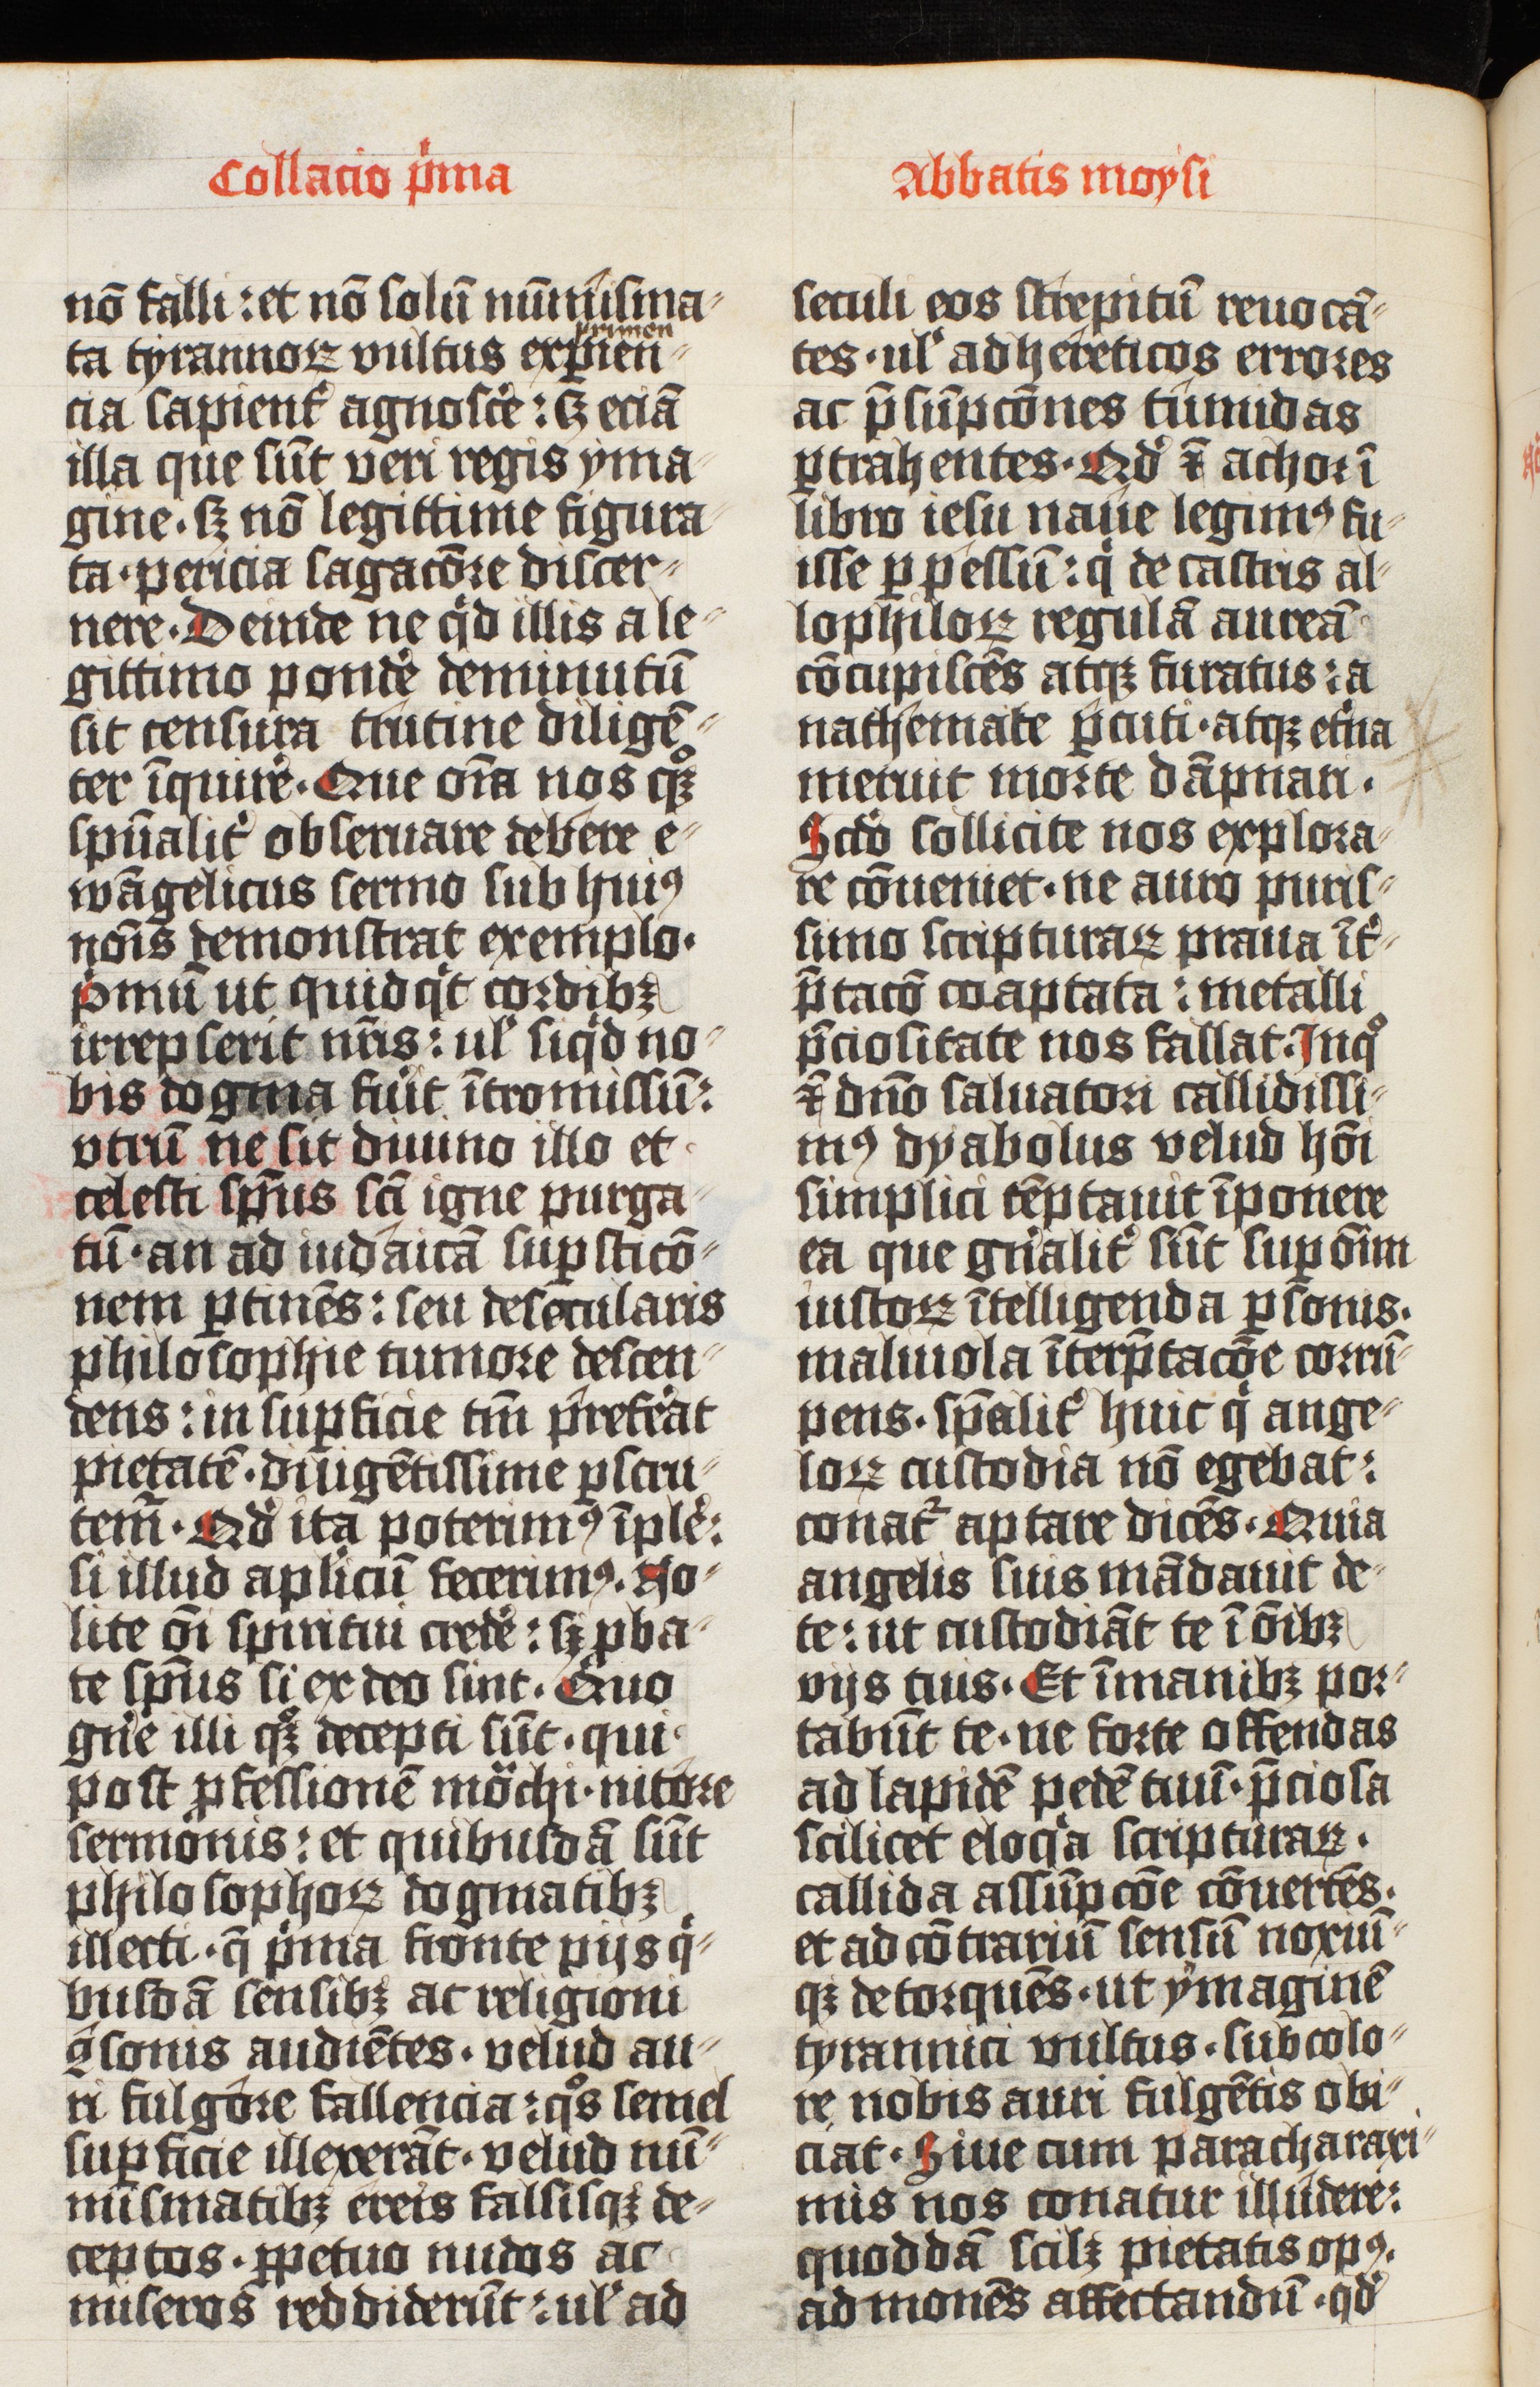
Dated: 1425–1425